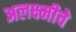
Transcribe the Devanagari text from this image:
अलक्ष्मीचे